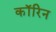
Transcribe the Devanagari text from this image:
कॉरिन